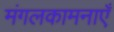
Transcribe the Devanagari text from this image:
मंगलकामनाएँ